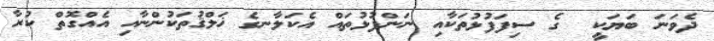
ދެވަނަ ބަޔަކީ  ގެ ސިފަފުޅުތަކާއި ނަންފުޅުތައް އެކަލާނގެ ޚަލްޤުތަކުންނާއި އެއްގޮތް ކުރާ